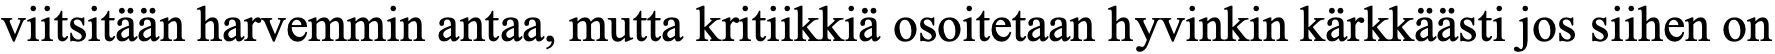
viitsitään harvemmin antaa, mutta kritiikkiä osoitetaan hyvinkin kärkkäästi jos siihen on